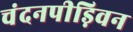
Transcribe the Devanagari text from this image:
चंदनपीड़िवन